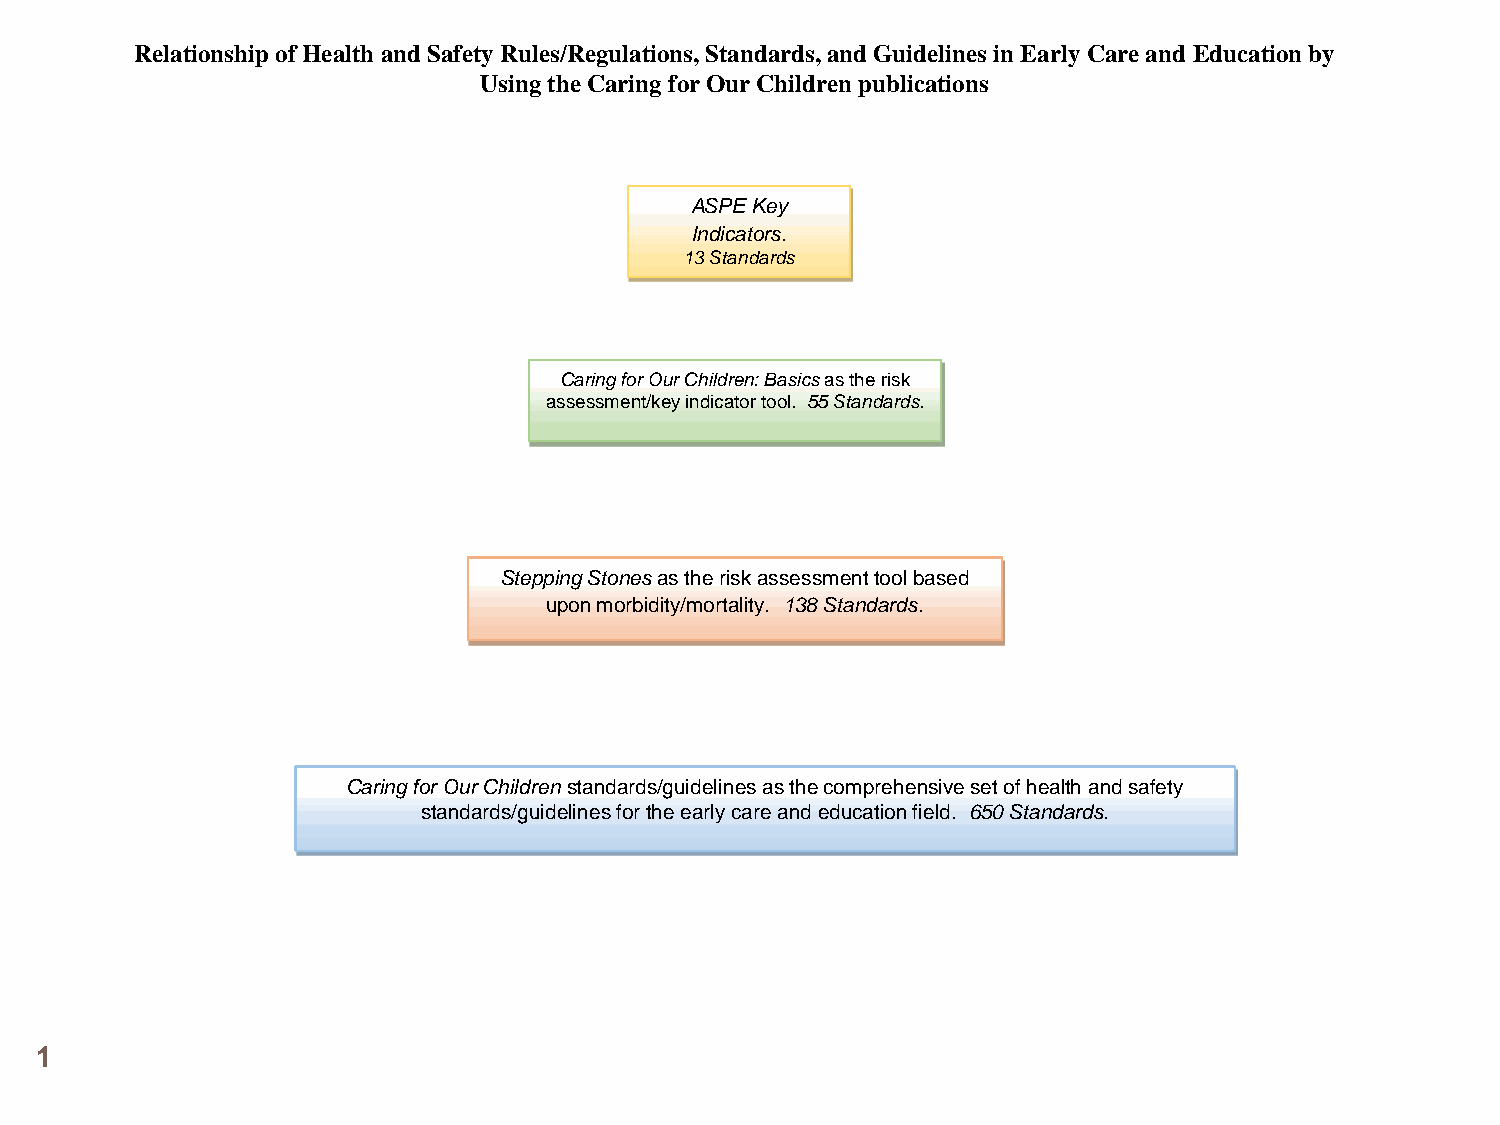
Relationship of Health and Safety Rules/Regulations, Standards, and Guidelines in Early Care and Education by
 Using the Caring for Our Children publications
 ASPE Key
 Indicators.
 13 Standards
 Caring for Our Children: Basicsas the risk
 assessment/key indicator tool. 55 Standards.
 Stepping Stonesas the risk assessment tool based
 upon morbidity/mortality. 138 Standards.
 Caring for Our Childrenstandards/guidelines as the comprehensive set of health and safety
 standards/guidelines for the early care and education field. 650 Standards.
 1